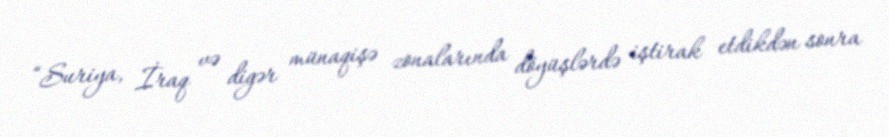
“Suriya, İraq və digər münaqişə zonalarında döyüşlərdə iştirak etdikdən sonra